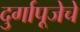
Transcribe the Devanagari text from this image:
दुर्गापूजेचे